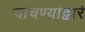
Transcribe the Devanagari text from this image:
चाचण्यांद्वारे